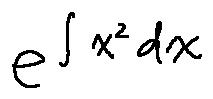
e ^ { \int x ^ { 2 } d x }